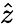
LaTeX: \hat{z}